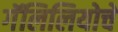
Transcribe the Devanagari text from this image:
गॅलिलियोचे